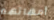
أمهاتهم